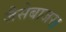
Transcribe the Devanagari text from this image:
जैसेबाजरा